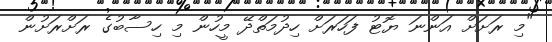
"މި ރަށަށް އަންނަ ޔޮޓު ފަހަރަށް ހިދުމަތްދޭ މީހުން މި ހިސާބުގެ ރަށްރަށުން